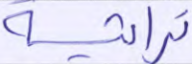
تراثية